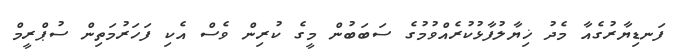
ފަނޑިޔާރުގެއާ މެދު ޚިޔާލުފާޅުކުރެއްވުމުގެ ސަބަބުން މީގެ ކުރިން ވެސް އެކި ފަހަރުމަތިން ސުޕްރީމް